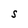
Character: S